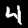
Label: 4